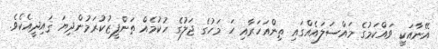
އޭނާއަކީ ވައްކަމުގެ މައްސަލައެއްގައި ތިންއަހަރާއި ހަ މަހުގެ ޖަލުގެ ހުކުމެއް ތަންފީޒުކުރަމުންދިޔަ ޤައިދީއެކެވެ.